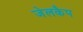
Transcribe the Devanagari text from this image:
जेलकैप